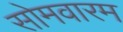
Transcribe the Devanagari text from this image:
सोमवारम